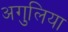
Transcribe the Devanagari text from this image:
अगुलिया